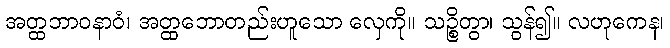
အတ္ထဘာဝနာဝံ၊ အတ္ထဘောတည်းဟူသော လှေကို။ သဉ္စိတွာ၊ သွန်၍။ လဟုကေန၊